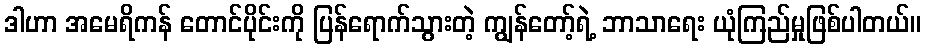
ဒါဟာ အမေရိကန် တောင်ပိုင်းကို ပြန်ရောက်သွားတဲ့ ကျွန်တော့်ရဲ့ ဘာသာရေး ယုံကြည်မှုဖြစ်ပါတယ်။